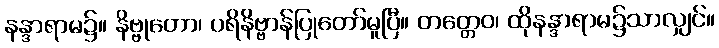
နန္ဒာရာမ၌။ နိဗ္ဗုတော၊ ပရိနိဗ္ဗာန်ပြုတော်မူပြီ။ တတ္တေဝ၊ ထိုနန္ဒာရာမ၌သာလျှင်။